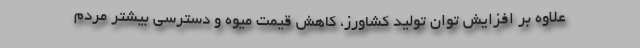
علاوه بر افزایش توان تولید کشاورز، کاهش قیمت میوه و دسترسی بیشتر مردم